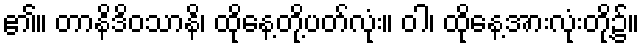
၏။ တာနိဒိဝသာနိ၊ ထိုနေ့တို့ပတ်လုံး။ ဝါ၊ ထိုနေ့အားလုံးတို့၌။